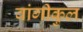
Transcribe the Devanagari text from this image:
वांगीकुल